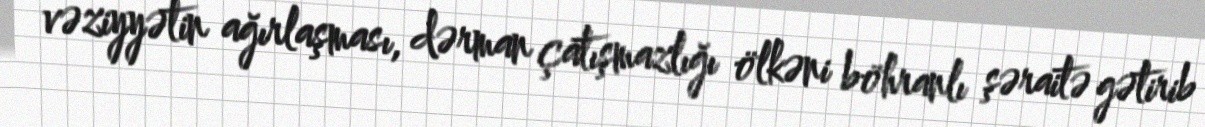
vəziyyətin ağırlaşması, dərman çatışmazlığı ölkəni böhranlı şəraitə gətirib